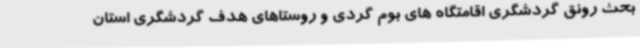
بحث رونق گردشگری اقامتگاه های بوم گردی و روستاهای هدف گردشگری استان